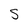
Character: S